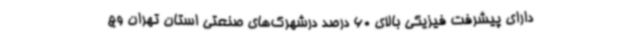
دارای پیشرفت فیزیکی بالای 60 درصد درشهرک‌های صنعتی استان تهران وج